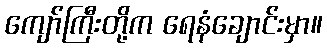
ကျော်ကြီးတို့က ရေနံချောင်းမှာ။